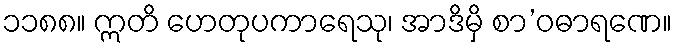
၁၁၈၈။ ဣတိ ဟေတုပကာရေသု၊ အာဒိမှိ စာ’ဝဓာရဏေ။